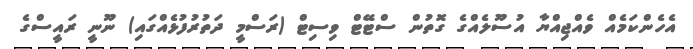
އެހެންކަމެއް ވެއްޖިއްޔާ އުސޫލެއްގެ ގޮތުން ސްޓޭޓް ވިސިޓް (ރަސްމީ ދަތުރުފުޅެއްގައި) ނޫނީ ރައީސްގެ